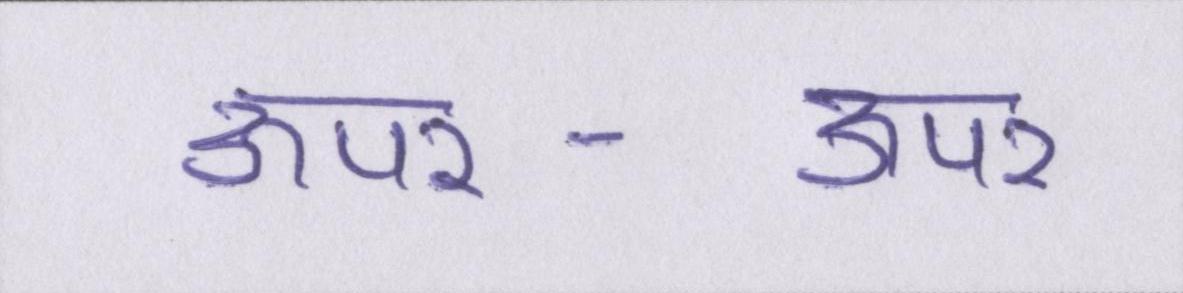
ऊपर-ऊपर